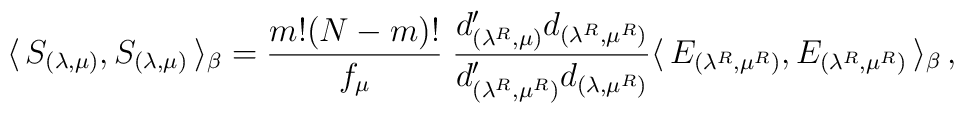
\langle \,S_{(\lambda,\mu)},S_{(\lambda,\mu)} \,\rangle_{\beta} =\frac{m!(N-m)!}{f_{\mu}}\;\frac{d'_{(\lambda^R, \mu)}d_{(\lambda^R, \mu^R)}}{d'_{(\lambda^R,\mu^R)}d_{(\lambda,\mu^R)}}\langle\, E_{(\lambda^R,\mu^R)},E_{(\lambda^R, \mu^R)}\, \rangle_{\beta} \, ,